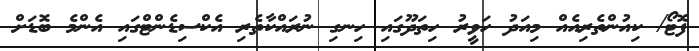
ފޮޓޯ/ ކިއުންތެރިއެއް މިއަދު ހަވީރު ހިތަދޫގައި ހިނގި ނުރައްކާތެރި އެކްސިޑެންޓްގައި އެންމެ ބޮޑަށް